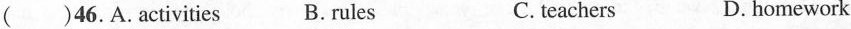
( )46. A.Activities B. rules C. teachers D. homework